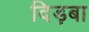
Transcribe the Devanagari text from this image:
दिड़बा